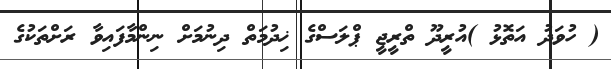
( ހުވަދު އަތޮޅު )އުރީދޫ ތްރީޖީ ޕްލަސްގެ ޚިދުމަތް ދިނުމަށް ނިންމާފައިވާ ރަށްތަކުގެ